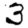
Digit: 3